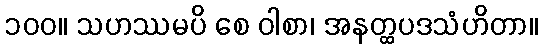
၁၀၀။ သဟဿမပိ စေ ဝါစာ၊ အနတ္ထပဒသံဟိတာ။